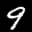
Label: 9